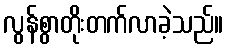
လွန်စွာတိုးတက်လာခဲ့သည်။